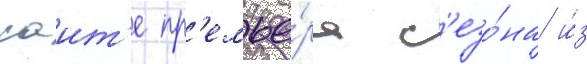
саит'е пр'емье́ра с'езо́на и́з